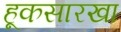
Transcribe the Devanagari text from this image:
हूकसारखा